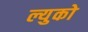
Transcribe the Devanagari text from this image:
ल्युको